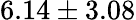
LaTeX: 6.14\pm 3.08